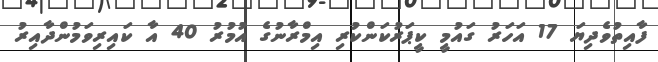
ފާއިތުވެދިޔަ 17 އަހަރު ގައުމީ ކީޕަރުކަންކުރި އިމްރާނުގެ އުމުރު 40 އާ ކައިރިވަމުންދާއިރު